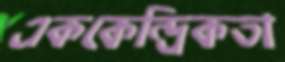
এককেন্দ্রিকতা